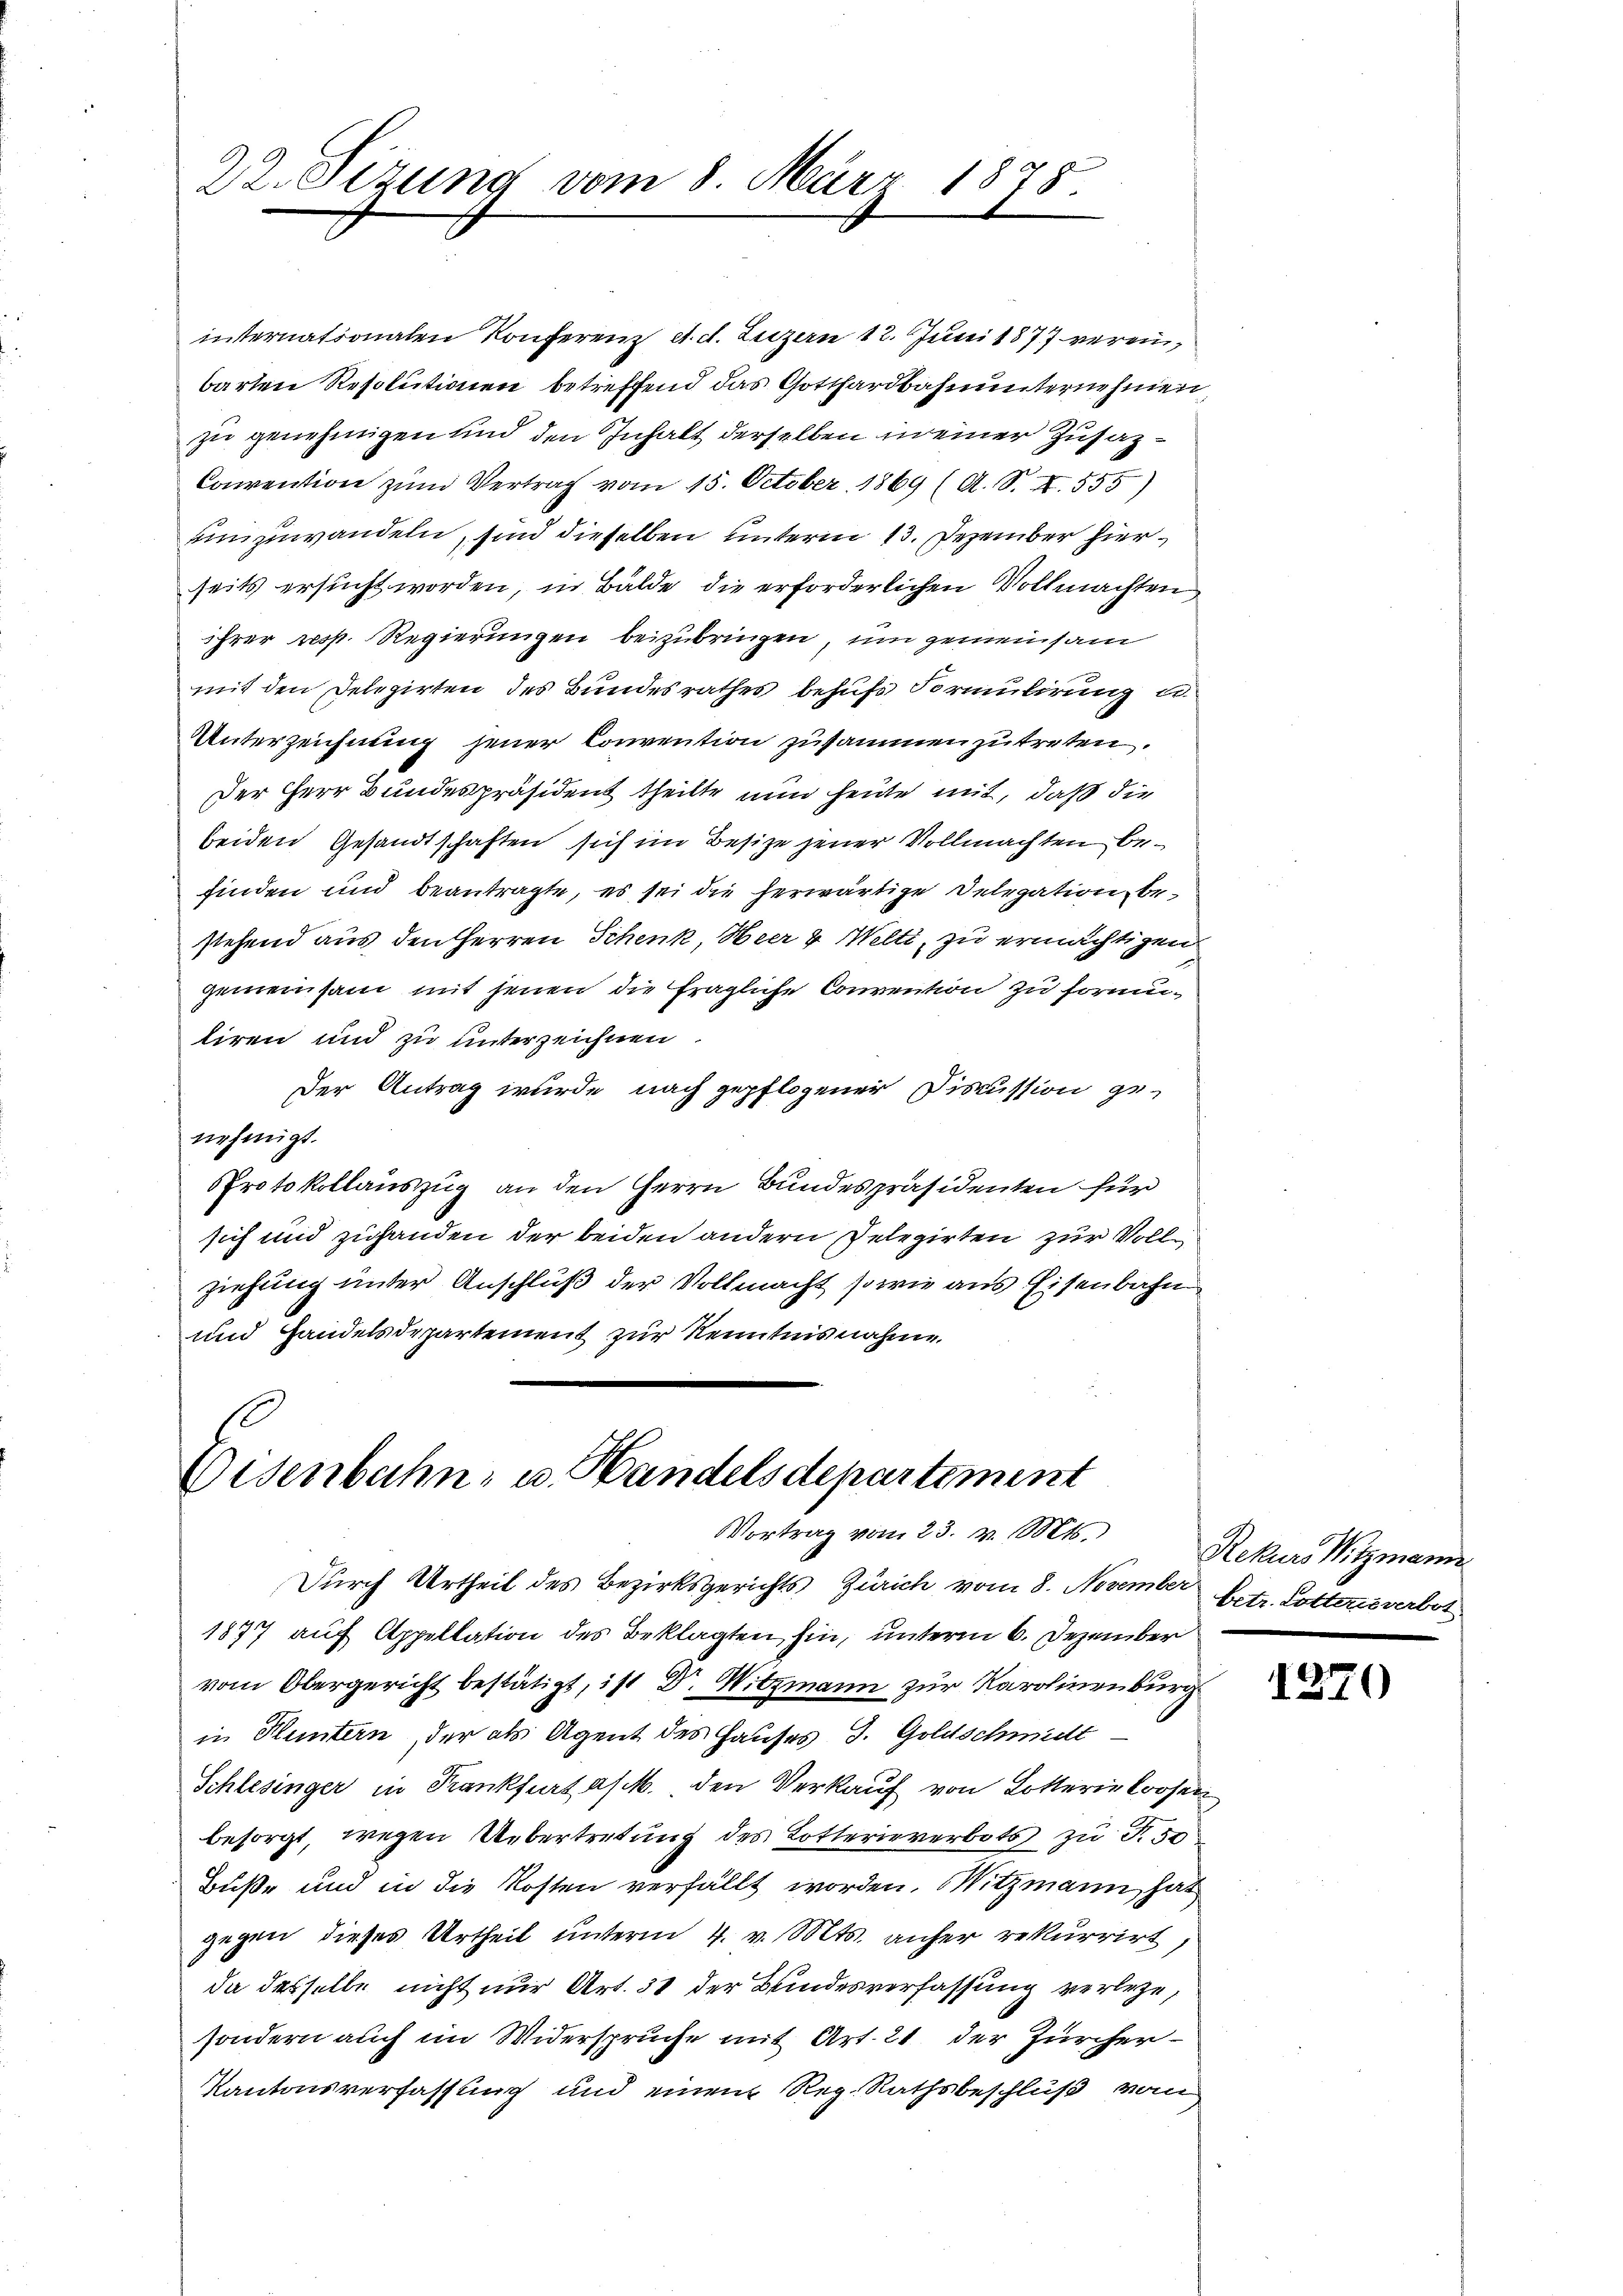
22. Sizung vom 8. März 1878

internationalen Konferenz d. d. Luzern 12. Juni 1877 vereinbarten Resolutionen betreffend das Gotthardbahnunternehmen
zu genehmigen und den Inhalt derselben in einer Zusatz¬
Convention zum Vertrag vom 15. October 1869 (A. S. XI. 555)
einzuwandeln, sind dieselben unterm 13. Dezember hierseits ersucht worden, in Bälde die erforderlichen Vollmachten
ihrer resp. Regierungen beizubringen, um gemeinsam
mit den Delegirten des Bundesrathes behufs Formulirung u
Unterzeichnung jener Convention zusammenzutreten.
Der Herr Bundespräsident theilte nun heute mit, daß die
beiden Gesandtschaften sich im Besitze jener Vollmachten befinden und beantragte, es sei die herwärtige Delegation bestehend aus den Herren Schenk, Heer & Welti, zu ermächtigen
gemeinsam mit jenen die fragliche Convention zu formitiren und zu unterzeichnen
Der Antrag wurde nach gepflogener Discussion genehmigt.
Protokollauszug an den Herrn Bundespräsidenten für
sich und zuhanden der beiden andern Pelegirten zur Vollziehung unter Anschluß der Vollmacht, sowie aus Eisenbahn
und Handelsdepartement zur Kenntnisnahme.
.

Eisenbahn- u. Handelsdepartement
Vortrag vom 23. v. Mts.

Durch Urtheil des Bezirksgerichts Zürich vom 8. November Petr. Dotterievert
1877 auf Appellation des Beklagten hin, unterm 6. Dezember
vom Obergericht bestätigt, ist Dr. Witzmann zur Karolinenburg
in Kluntern, der als Agent des Hauses J. Goldschmidt
Schlesinger in Krankfurt a/M. den Verkauf von Lotterie Loosen
besorgt, wegen Uebertretung des Lotterieverbots zu T. 50
Buß- und in die Kosten verfällt worden. Witzmann, hat
gegen dieses Urtheil unterm 4. v. Mts. anher rekurrirt,
da desselbe nicht nur Art. 31 der Bundesverfassung verlege,
sondern auch im Widerspruche mit Art. 21 der Zürcher-
Kantonsverfassung und einen Reg. Rathsbeschluß vom

Rekurs Witzmar
e

1270